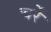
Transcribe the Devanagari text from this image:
चर्रे